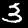
Label: 3